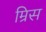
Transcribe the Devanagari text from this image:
म्रिस